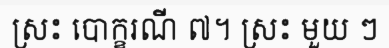
ស្រះ បោក្ខរណី ៧។ ស្រះ មួយ ៗ